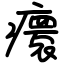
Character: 癏